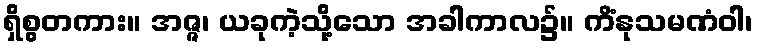
ရှိစွတကား။ အဇ္ဇ၊ ယခုကဲ့သို့သော အခါကာလ၌။ ကိံနုသမဏံဝါ၊